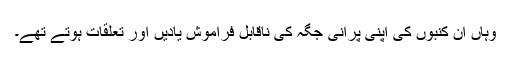
وہاں ان کنبوں کی اپنی پرانی جگہ کی ناقابل فراموش یادیں اور تعلقات ہوتے تھے۔